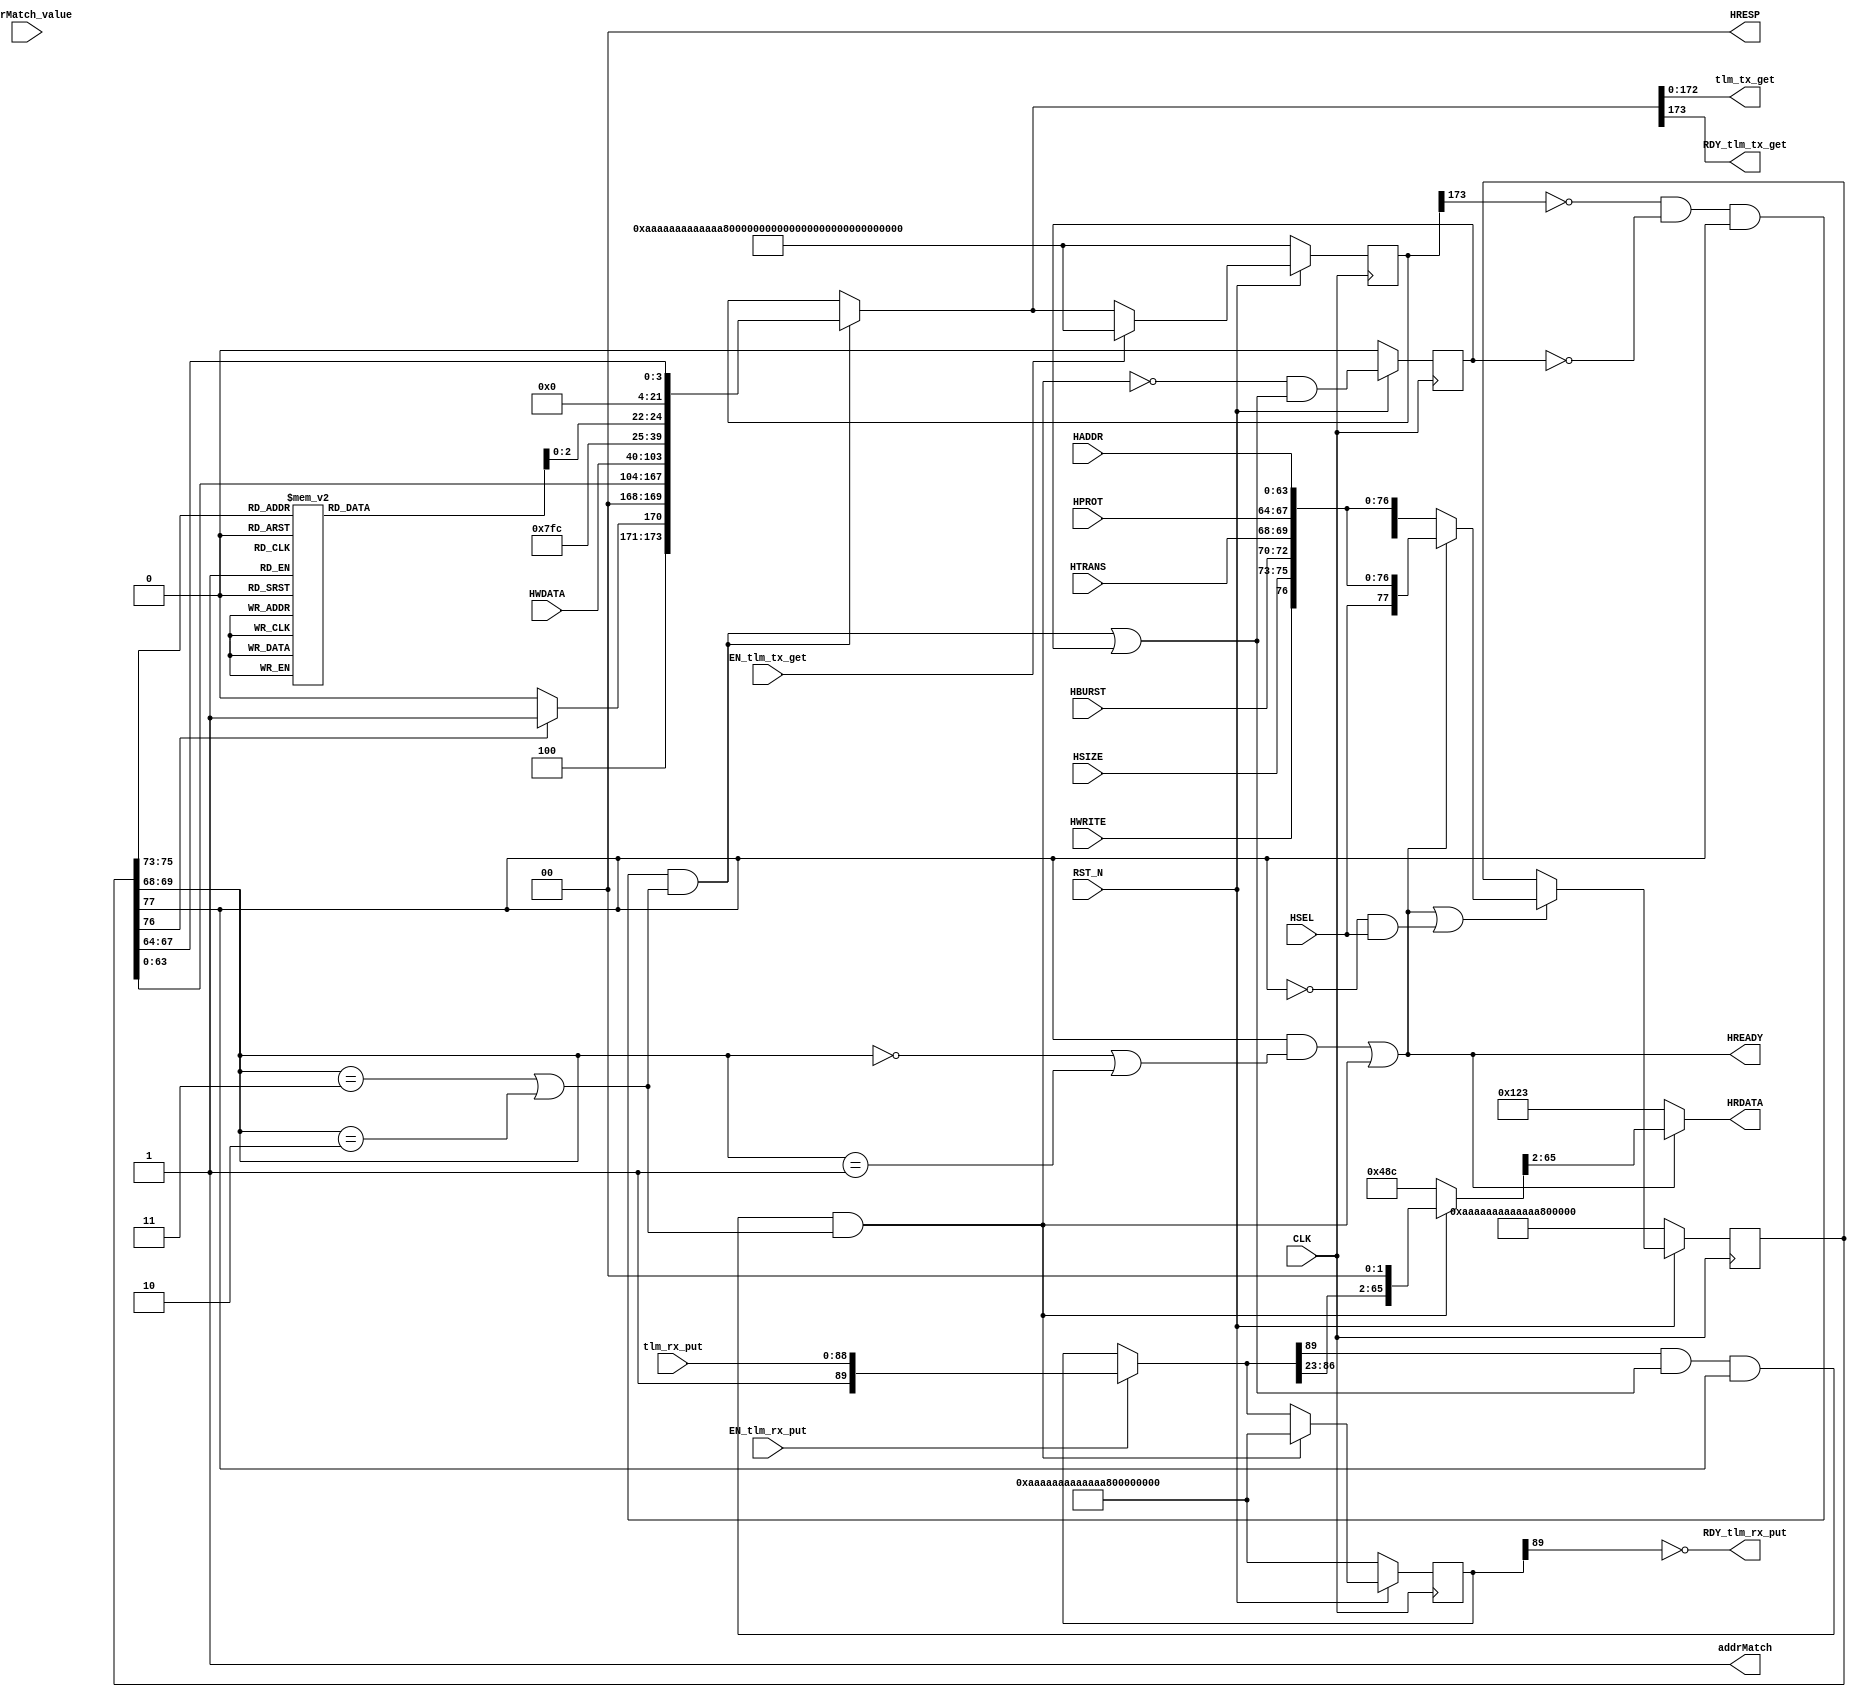
//
// Generated by Bluespec Compiler, version 2015.09.beta2 (build 34689, 2015-09-07)
//
// On Mon Dec 19 16:36:58 IST 2016
//
//
// Ports:
// Name                         I/O  size props
// tlm_tx_get                     O   173
// RDY_tlm_tx_get                 O     1
// RDY_tlm_rx_put                 O     1
// HRDATA                         O    64
// HREADY                         O     1
// HRESP                          O     2
// addrMatch                      O     1 const
// CLK                            I     1 clock
// RST_N                          I     1 reset
// tlm_rx_put                     I    89
// HADDR                          I    64
// HWDATA                         I    64
// HWRITE                         I     1
// HTRANS                         I     2
// HBURST                         I     3
// HSIZE                          I     3
// HPROT                          I     4
// addrMatch_value                I    64 unused
// HSEL                           I     1
// EN_tlm_rx_put                  I     1
// EN_tlm_tx_get                  I     1
//
// Combinational paths from inputs to outputs:
//   (tlm_rx_put, EN_tlm_rx_put) -> HRDATA
//   (tlm_rx_put, EN_tlm_rx_put) -> HREADY
//   (tlm_rx_put, EN_tlm_rx_put) -> HRESP
//   HWDATA -> RDY_tlm_tx_get
//   HWDATA -> tlm_tx_get
//
//

`ifdef BSV_ASSIGNMENT_DELAY
`else
  `define BSV_ASSIGNMENT_DELAY
`endif

`ifdef BSV_POSITIVE_RESET
  `define BSV_RESET_VALUE 1'b1
  `define BSV_RESET_EDGE posedge
`else
  `define BSV_RESET_VALUE 1'b0
  `define BSV_RESET_EDGE negedge
`endif

module mkAHBSlaveSynthStd(CLK,
			  RST_N,

			  EN_tlm_tx_get,
			  tlm_tx_get,
			  RDY_tlm_tx_get,

			  tlm_rx_put,
			  EN_tlm_rx_put,
			  RDY_tlm_rx_put,

			  HADDR,

			  HWDATA,

			  HWRITE,

			  HTRANS,

			  HBURST,

			  HSIZE,

			  HPROT,

			  HRDATA,

			  HREADY,

			  HRESP,

			  addrMatch_value,
			  addrMatch,

			  HSEL);
  input  CLK;
  input  RST_N;

  // actionvalue method tlm_tx_get
  input  EN_tlm_tx_get;
  output [172 : 0] tlm_tx_get;
  output RDY_tlm_tx_get;

  // action method tlm_rx_put
  input  [88 : 0] tlm_rx_put;
  input  EN_tlm_rx_put;
  output RDY_tlm_rx_put;

  // action method fabric_bus_hADDR
  input  [63 : 0] HADDR;

  // action method fabric_bus_hWDATA
  input  [63 : 0] HWDATA;

  // action method fabric_bus_hWRITE
  input  HWRITE;

  // action method fabric_bus_hTRANS
  input  [1 : 0] HTRANS;

  // action method fabric_bus_hBURST
  input  [2 : 0] HBURST;

  // action method fabric_bus_hSIZE
  input  [2 : 0] HSIZE;

  // action method fabric_bus_hPROT
  input  [3 : 0] HPROT;

  // value method fabric_bus_hRDATA
  output [63 : 0] HRDATA;

  // value method fabric_bus_hREADY
  output HREADY;

  // value method fabric_bus_hRESP
  output [1 : 0] HRESP;

  // value method fabric_selector_addrMatch
  input  [63 : 0] addrMatch_value;
  output addrMatch;

  // action method fabric_selector_select
  input  HSEL;

  // signals for module outputs
  wire [172 : 0] tlm_tx_get;
  wire [63 : 0] HRDATA;
  wire [1 : 0] HRESP;
  wire HREADY, RDY_tlm_rx_put, RDY_tlm_tx_get, addrMatch;

  // inlined wires
  wire [173 : 0] fifo_tx_rv$port0__write_1,
		 fifo_tx_rv$port1__read,
		 fifo_tx_rv$port1__write_1,
		 fifo_tx_rv$port2__read;
  wire [89 : 0] fifo_rx_rv$port0__write_1,
		fifo_rx_rv$port1__read,
		fifo_rx_rv$port1__write_1,
		fifo_rx_rv$port2__read;
  wire [67 : 0] ifc_response_wire$wget;
  wire fifo_op_rv$port1__read, fifo_op_rv$port2__read, ifc_response_wire$whas;

  // register ctrl_reg
  reg [77 : 0] ctrl_reg;
  wire [77 : 0] ctrl_reg$D_IN;
  wire ctrl_reg$EN;

  // register fifo_op_rv
  reg fifo_op_rv;
  wire fifo_op_rv$D_IN, fifo_op_rv$EN;

  // register fifo_rx_rv
  reg [89 : 0] fifo_rx_rv;
  wire [89 : 0] fifo_rx_rv$D_IN;
  wire fifo_rx_rv$EN;

  // register fifo_tx_rv
  reg [173 : 0] fifo_tx_rv;
  wire [173 : 0] fifo_tx_rv$D_IN;
  wire fifo_tx_rv$EN;

  // register first
  reg first;
  wire first$D_IN, first$EN;

  // register start
  reg start;
  wire start$D_IN, start$EN;

  // rule scheduling signals
  wire CAN_FIRE_RL_default_response,
       CAN_FIRE_RL_first__dreg_update,
       CAN_FIRE_RL_grab_ctrl,
       CAN_FIRE_RL_grab_response,
       CAN_FIRE_RL_not_selected,
       CAN_FIRE_RL_send_request,
       CAN_FIRE_fabric_bus_hADDR,
       CAN_FIRE_fabric_bus_hBURST,
       CAN_FIRE_fabric_bus_hPROT,
       CAN_FIRE_fabric_bus_hSIZE,
       CAN_FIRE_fabric_bus_hTRANS,
       CAN_FIRE_fabric_bus_hWDATA,
       CAN_FIRE_fabric_bus_hWRITE,
       CAN_FIRE_fabric_selector_select,
       CAN_FIRE_tlm_rx_put,
       CAN_FIRE_tlm_tx_get,
       WILL_FIRE_RL_default_response,
       WILL_FIRE_RL_first__dreg_update,
       WILL_FIRE_RL_grab_ctrl,
       WILL_FIRE_RL_grab_response,
       WILL_FIRE_RL_not_selected,
       WILL_FIRE_RL_send_request,
       WILL_FIRE_fabric_bus_hADDR,
       WILL_FIRE_fabric_bus_hBURST,
       WILL_FIRE_fabric_bus_hPROT,
       WILL_FIRE_fabric_bus_hSIZE,
       WILL_FIRE_fabric_bus_hTRANS,
       WILL_FIRE_fabric_bus_hWDATA,
       WILL_FIRE_fabric_bus_hWRITE,
       WILL_FIRE_fabric_selector_select,
       WILL_FIRE_tlm_rx_put,
       WILL_FIRE_tlm_tx_get;

  // inputs to muxes for submodule ports
  wire [77 : 0] MUX_ctrl_reg$write_1__VAL_1, MUX_ctrl_reg$write_1__VAL_2;
  wire [67 : 0] MUX_ifc_response_wire$wset_1__VAL_1,
		MUX_ifc_response_wire$wset_1__VAL_2;
  wire MUX_ctrl_reg$write_1__SEL_1;

  // remaining internal signals
  reg [7 : 0] value__h2424;

  // actionvalue method tlm_tx_get
  assign tlm_tx_get = fifo_tx_rv$port1__read[172:0] ;
  assign RDY_tlm_tx_get = fifo_tx_rv$port1__read[173] ;
  assign CAN_FIRE_tlm_tx_get = fifo_tx_rv$port1__read[173] ;
  assign WILL_FIRE_tlm_tx_get = EN_tlm_tx_get ;

  // action method tlm_rx_put
  assign RDY_tlm_rx_put = !fifo_rx_rv[89] ;
  assign CAN_FIRE_tlm_rx_put = !fifo_rx_rv[89] ;
  assign WILL_FIRE_tlm_rx_put = EN_tlm_rx_put ;

  // action method fabric_bus_hADDR
  assign CAN_FIRE_fabric_bus_hADDR = 1'd1 ;
  assign WILL_FIRE_fabric_bus_hADDR = 1'd1 ;

  // action method fabric_bus_hWDATA
  assign CAN_FIRE_fabric_bus_hWDATA = 1'd1 ;
  assign WILL_FIRE_fabric_bus_hWDATA = 1'd1 ;

  // action method fabric_bus_hWRITE
  assign CAN_FIRE_fabric_bus_hWRITE = 1'd1 ;
  assign WILL_FIRE_fabric_bus_hWRITE = 1'd1 ;

  // action method fabric_bus_hTRANS
  assign CAN_FIRE_fabric_bus_hTRANS = 1'd1 ;
  assign WILL_FIRE_fabric_bus_hTRANS = 1'd1 ;

  // action method fabric_bus_hBURST
  assign CAN_FIRE_fabric_bus_hBURST = 1'd1 ;
  assign WILL_FIRE_fabric_bus_hBURST = 1'd1 ;

  // action method fabric_bus_hSIZE
  assign CAN_FIRE_fabric_bus_hSIZE = 1'd1 ;
  assign WILL_FIRE_fabric_bus_hSIZE = 1'd1 ;

  // action method fabric_bus_hPROT
  assign CAN_FIRE_fabric_bus_hPROT = 1'd1 ;
  assign WILL_FIRE_fabric_bus_hPROT = 1'd1 ;

  // value method fabric_bus_hRDATA
  assign HRDATA =
	     ifc_response_wire$whas ?
	       ifc_response_wire$wget[65:2] :
	       64'h0000000000000123 ;

  // value method fabric_bus_hREADY
  assign HREADY = MUX_ctrl_reg$write_1__SEL_1 ;

  // value method fabric_bus_hRESP
  assign HRESP =
	     ifc_response_wire$whas ? ifc_response_wire$wget[67:66] : 2'd0 ;

  // value method fabric_selector_addrMatch
  assign addrMatch = 1'd1 ;

  // action method fabric_selector_select
  assign CAN_FIRE_fabric_selector_select = 1'd1 ;
  assign WILL_FIRE_fabric_selector_select = 1'd1 ;

  // rule RL_not_selected
  assign CAN_FIRE_RL_not_selected = !HSEL ;
  assign WILL_FIRE_RL_not_selected = CAN_FIRE_RL_not_selected ;

  // rule RL_send_request
  assign CAN_FIRE_RL_send_request =
	     !fifo_tx_rv[173] && !fifo_op_rv && ctrl_reg[77] &&
	     (ctrl_reg[69:68] == 2'd3 || ctrl_reg[69:68] == 2'd2) ;
  assign WILL_FIRE_RL_send_request = CAN_FIRE_RL_send_request ;

  // rule RL_grab_response
  assign CAN_FIRE_RL_grab_response =
	     fifo_rx_rv$port1__read[89] && fifo_op_rv$port1__read &&
	     ctrl_reg[77] &&
	     (ctrl_reg[69:68] == 2'd3 || ctrl_reg[69:68] == 2'd2) ;
  assign WILL_FIRE_RL_grab_response = CAN_FIRE_RL_grab_response ;

  // rule RL_default_response
  assign CAN_FIRE_RL_default_response =
	     ctrl_reg[77] &&
	     (ctrl_reg[69:68] == 2'd0 || ctrl_reg[69:68] == 2'd1) ;
  assign WILL_FIRE_RL_default_response = CAN_FIRE_RL_default_response ;

  // rule RL_grab_ctrl
  assign CAN_FIRE_RL_grab_ctrl = !ctrl_reg[77] ;
  assign WILL_FIRE_RL_grab_ctrl =
	     CAN_FIRE_RL_grab_ctrl && !WILL_FIRE_RL_not_selected ;

  // rule RL_first__dreg_update
  assign CAN_FIRE_RL_first__dreg_update = 1'd1 ;
  assign WILL_FIRE_RL_first__dreg_update = 1'd1 ;

  // inputs to muxes for submodule ports
  assign MUX_ctrl_reg$write_1__SEL_1 =
	     WILL_FIRE_RL_default_response || WILL_FIRE_RL_grab_response ;
  assign MUX_ctrl_reg$write_1__VAL_1 =
	     { HSEL, HWRITE, HSIZE, HBURST, HTRANS, HPROT, HADDR } ;
  assign MUX_ctrl_reg$write_1__VAL_2 =
	     { 1'd1, HWRITE, HSIZE, HBURST, HTRANS, HPROT, HADDR } ;
  assign MUX_ifc_response_wire$wset_1__VAL_1 =
	     { 2'd0,
	       fifo_rx_rv$port1__read[86:23],
	       1'd0,
	       1'b0 /* unspecified value */  } ;
  assign MUX_ifc_response_wire$wset_1__VAL_2 =
	     { 67'd582, 1'b0 /* unspecified value */  } ;

  // inlined wires
  assign ifc_response_wire$wget =
	     WILL_FIRE_RL_grab_response ?
	       MUX_ifc_response_wire$wset_1__VAL_1 :
	       MUX_ifc_response_wire$wset_1__VAL_2 ;
  assign ifc_response_wire$whas =
	     WILL_FIRE_RL_grab_response || WILL_FIRE_RL_default_response ;
  assign fifo_rx_rv$port0__write_1 = { 1'd1, tlm_rx_put } ;
  assign fifo_rx_rv$port1__read =
	     EN_tlm_rx_put ? fifo_rx_rv$port0__write_1 : fifo_rx_rv ;
  assign fifo_rx_rv$port1__write_1 =
	     { 1'd0, 89'h0AAAAAAAAAAAAAAAAAAAAAA /* unspecified value */  } ;
  assign fifo_rx_rv$port2__read =
	     CAN_FIRE_RL_grab_response ?
	       fifo_rx_rv$port1__write_1 :
	       fifo_rx_rv$port1__read ;
  assign fifo_tx_rv$port0__write_1 =
	     { 2'd2,
	       ctrl_reg[76] ? 2'd1 : 2'd0,
	       2'd0,
	       ctrl_reg[63:0],
	       HWDATA,
	       15'd2044,
	       value__h2424[2:0],
	       18'd0,
	       ctrl_reg[67:64] } ;
  assign fifo_tx_rv$port1__read =
	     CAN_FIRE_RL_send_request ?
	       fifo_tx_rv$port0__write_1 :
	       fifo_tx_rv ;
  assign fifo_tx_rv$port1__write_1 =
	     { 1'd0,
	       173'h0AAAAAAAAAAAAAAAAAAAAAAAAAAAAAAAAAAAAAAAAAAA /* unspecified value */  } ;
  assign fifo_tx_rv$port2__read =
	     EN_tlm_tx_get ?
	       fifo_tx_rv$port1__write_1 :
	       fifo_tx_rv$port1__read ;
  assign fifo_op_rv$port1__read = CAN_FIRE_RL_send_request || fifo_op_rv ;
  assign fifo_op_rv$port2__read =
	     !CAN_FIRE_RL_grab_response && fifo_op_rv$port1__read ;

  // register ctrl_reg
  assign ctrl_reg$D_IN =
	     MUX_ctrl_reg$write_1__SEL_1 ?
	       MUX_ctrl_reg$write_1__VAL_1 :
	       MUX_ctrl_reg$write_1__VAL_2 ;
  assign ctrl_reg$EN =
	     WILL_FIRE_RL_default_response || WILL_FIRE_RL_grab_response ||
	     WILL_FIRE_RL_grab_ctrl ;

  // register fifo_op_rv
  assign fifo_op_rv$D_IN = fifo_op_rv$port2__read ;
  assign fifo_op_rv$EN = 1'b1 ;

  // register fifo_rx_rv
  assign fifo_rx_rv$D_IN = fifo_rx_rv$port2__read ;
  assign fifo_rx_rv$EN = 1'b1 ;

  // register fifo_tx_rv
  assign fifo_tx_rv$D_IN = fifo_tx_rv$port2__read ;
  assign fifo_tx_rv$EN = 1'b1 ;

  // register first
  assign first$D_IN = 1'b0 ;
  assign first$EN = 1'd1 ;

  // register start
  assign start$D_IN = 1'b0 ;
  assign start$EN = 1'b0 ;

  // remaining internal signals
  always@(ctrl_reg)
  begin
    case (ctrl_reg[75:73])
      3'd0: value__h2424 = 8'd0;
      3'd1: value__h2424 = 8'd1;
      3'd2: value__h2424 = 8'd3;
      3'd3: value__h2424 = 8'd7;
      3'd4: value__h2424 = 8'd15;
      3'd5: value__h2424 = 8'd31;
      3'd6: value__h2424 = 8'd63;
      3'd7: value__h2424 = 8'd127;
    endcase
  end

  // handling of inlined registers

  always@(posedge CLK)
  begin
    if (RST_N == `BSV_RESET_VALUE)
      begin
        ctrl_reg <= `BSV_ASSIGNMENT_DELAY
	    { 1'd0, 77'h0AAAAAAAAAAAAAAAAAAA /* unspecified value */  };
	fifo_op_rv <= `BSV_ASSIGNMENT_DELAY 1'd0;
	fifo_rx_rv <= `BSV_ASSIGNMENT_DELAY
	    { 1'd0, 89'h0AAAAAAAAAAAAAAAAAAAAAA /* unspecified value */  };
	fifo_tx_rv <= `BSV_ASSIGNMENT_DELAY
	    { 1'd0,
	      173'h0AAAAAAAAAAAAAAAAAAAAAAAAAAAAAAAAAAAAAAAAAAA /* unspecified value */  };
	first <= `BSV_ASSIGNMENT_DELAY 1'd0;
	start <= `BSV_ASSIGNMENT_DELAY 1'd1;
      end
    else
      begin
        if (ctrl_reg$EN) ctrl_reg <= `BSV_ASSIGNMENT_DELAY ctrl_reg$D_IN;
	if (fifo_op_rv$EN)
	  fifo_op_rv <= `BSV_ASSIGNMENT_DELAY fifo_op_rv$D_IN;
	if (fifo_rx_rv$EN)
	  fifo_rx_rv <= `BSV_ASSIGNMENT_DELAY fifo_rx_rv$D_IN;
	if (fifo_tx_rv$EN)
	  fifo_tx_rv <= `BSV_ASSIGNMENT_DELAY fifo_tx_rv$D_IN;
	if (first$EN) first <= `BSV_ASSIGNMENT_DELAY first$D_IN;
	if (start$EN) start <= `BSV_ASSIGNMENT_DELAY start$D_IN;
      end
  end

  // synopsys translate_off
  `ifdef BSV_NO_INITIAL_BLOCKS
  `else // not BSV_NO_INITIAL_BLOCKS
  initial
  begin
    ctrl_reg = 78'h2AAAAAAAAAAAAAAAAAAA;
    fifo_op_rv = 1'h0;
    fifo_rx_rv = 90'h2AAAAAAAAAAAAAAAAAAAAAA;
    fifo_tx_rv = 174'h2AAAAAAAAAAAAAAAAAAAAAAAAAAAAAAAAAAAAAAAAAAA;
    first = 1'h0;
    start = 1'h0;
  end
  `endif // BSV_NO_INITIAL_BLOCKS
  // synopsys translate_on
endmodule  // mkAHBSlaveSynthStd